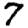
Digit: 7